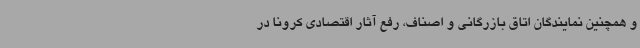
و همچنین نمایندگان اتاق بازرگانی و اصناف، رفع آثار اقتصادی کرونا در